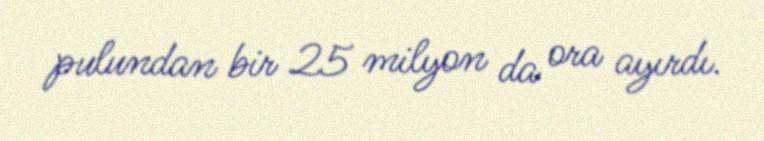
pulundan bir 25 milyon da ora ayırdı.